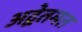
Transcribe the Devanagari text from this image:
अद्वेतमत